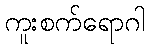
ကူးစက်ရောဂါ